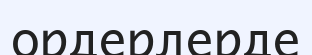
ордерлерде